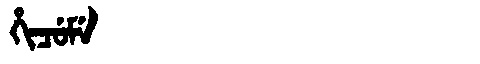
Manchu: ᡥᡳᠴᡠᠮᡝ
Romanization: HICUME